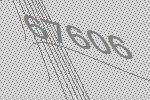
67606